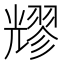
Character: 𠓂